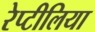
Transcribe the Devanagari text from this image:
रेप्टीलिया